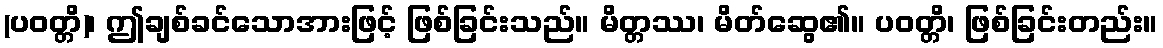
(ပဝတ္တိ)၊ ဤချစ်ခင်သောအားဖြင့် ဖြစ်ခြင်းသည်။ မိတ္တဿ၊ မိတ်ဆွေ၏။ ပဝတ္တိ၊ ဖြစ်ခြင်းတည်း။